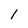
Character: 1